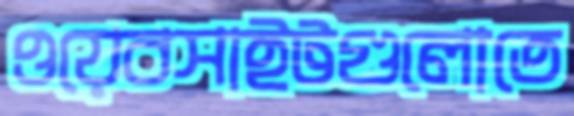
ওয়েবসাইটগুলোতে